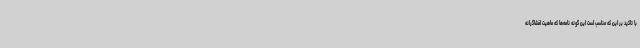
با تاکید بر این که مناسب است این گونه نامه‌ها که ماهیت افشاگرانه